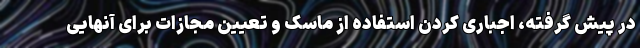
در پیش گرفته، اجباری کردن استفاده از ماسک و تعیین مجازات برای آنهایی